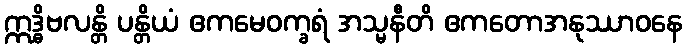
ဣဒ္ဓိဗလန္တိ ပန္တိယံ ဧကမေဝက္ခရံ အသ္မနီတိ ဧကတောအနုဿာဝနေ